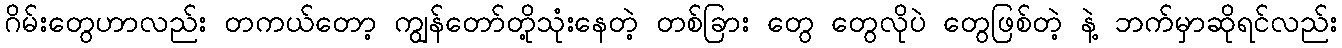
ဂိမ်းတွေဟာလည်း တကယ်တော့ ကျွန်တော်တို့သုံးနေတဲ့ တစ်ခြား တွေ တွေလိုပဲ တွေဖြစ်တဲ့ နဲ့ ဘက်မှာဆိုရင်လည်း